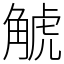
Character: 𧣾